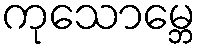
ကုသောမ္ဘေ